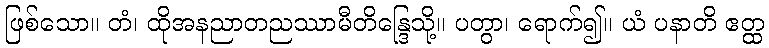
ဖြစ်သော။ တံ၊ ထိုအနညာတညဿာမီတိန္ဒြေသို့။ ပတွာ၊ ရောက်၍။ ယံ ပနာတိ ဧတ္ထ